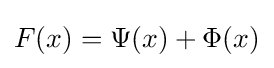
F(x)=\Psi (x)+\Phi (x)